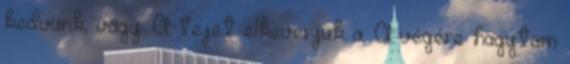
kedvünk, vagy. A tejet elkeverjük a. A végére hagytam